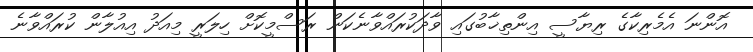
އޮންނަ އެމެރިކާގެ ރިޔާސީ އިންތިޚާބުގައި ވާދަކުރައްވާނެކަން ރަސްމީކޮށް ހިލަރީ މިއަދު އިއުލާން ކުރައްވާނެ